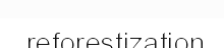
reforestization